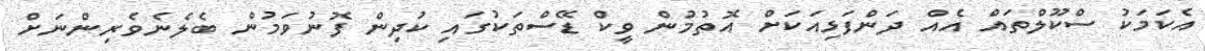
އެކަމަކު ސްކޫލްތައް އެއް ދަންފަޅިއަކަށް އޮތުމުން ވީކް ޑޭސްތަކުގައި ކުދިން ފޮނުވަމުން ބެލެނެވެރިންނަށް